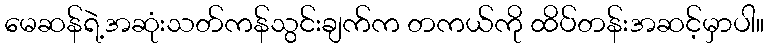
မေဆန်ရဲ့အဆုံးသတ်ကန်သွင်းချက်က တကယ်ကို ထိပ်တန်းအဆင့်မှာပါ။